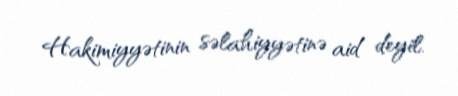
Hakimiyyətinin səlahiyyətinə aid deyil.